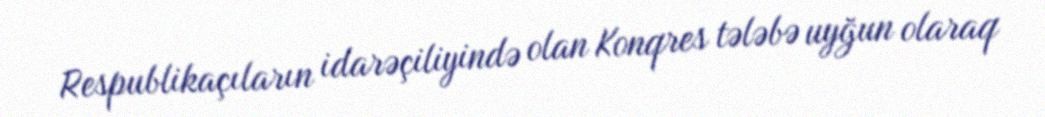
Respublikaçıların idarəçiliyində olan Konqres tələbə uyğun olaraq